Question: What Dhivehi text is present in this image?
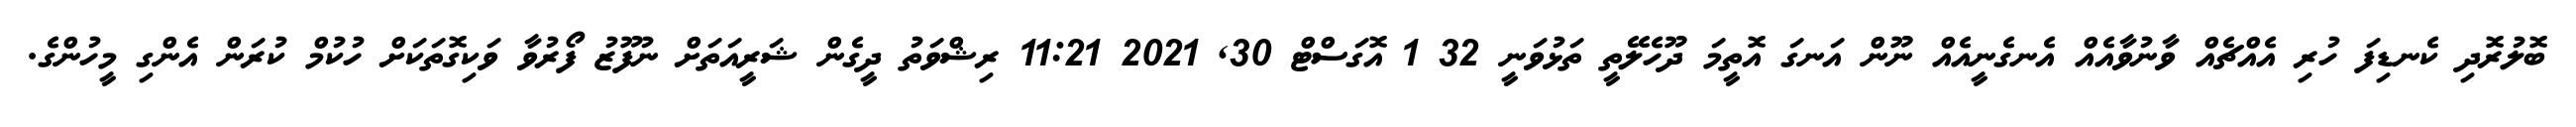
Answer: ބޮލުރޮދި ކެނޑިފަ ހުރި އެއްޗެއް ވާނުވާއެއް އެނގެނީއެއް ނޫން އަނގަ އޮތީމަ ދޫހެލޭތީ ތަޅުވަނީ 32 1 އޮގަސްޓް 30, 2021 11:21 ރިޝްވަތު ދީގެން ޝަރީއަތަށް ނުފޫޒު ފޯރުވާ ވަކިގޮތަކަށް ހުކުމް ކުރަން އެންގި މީހުންގެ.